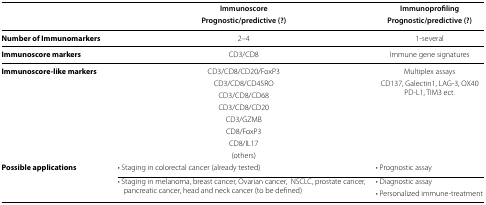
<table><thead><tr><td></td><td><b>Immunoscore</b></td><td><b>Immunoprofiling</b></td></tr><tr><td></td><td><b>Prognostic/predictive (?)</b></td><td><b>Prognostic/predictive (?)</b></td></tr></thead><tbody><tr><td><b>Number of Immunomarkers</b></td><td>2–4</td><td>1-several</td></tr><tr><td><b>Immunoscore markers</b></td><td>CD3/CD8 </td><td>Immune gene signatures</td></tr><tr><td rowspan="8"><b>Immunoscore-like markers</b></td><td>CD3/CD8/CD20/FoxP3</td><td>Multiplex assays</td></tr><tr><td>CD3/CD8/CD45RO</td><td rowspan="7">CD137, Galectin1, LAG-3, OX40PD-L1, TIM3 ect.</td></tr><tr><td>CD3/CD8/CD68</td></tr><tr><td>CD3/CD8/CD20</td></tr><tr><td>CD3/GZMB</td></tr><tr><td>CD8/FoxP3</td></tr><tr><td>CD8/IL17</td></tr><tr><td>(others)</td></tr><tr><td rowspan="3"><b>Possible applications</b></td><td>• Staging in colorectal cancer (already tested)</td><td>• Prognostic assay</td></tr><tr><td rowspan="2">• Staging in melanoma, breast cancer, Ovarian cancer,NSCLC, prostate cancer, pancreatic cancer, head and neck cancer (to be defined)</td><td>• Diagnostic assay</td></tr><tr><td>• Personalized immune-treatment</td></tr></tbody></table>